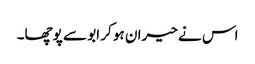
اس نے حیران ہو کر ابو سے پوچھا۔